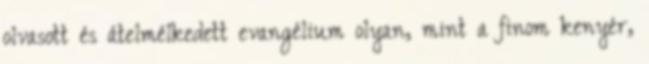
olvasott és átelmélkedett evangélium olyan, mint a finom kenyér,